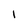
Character: I